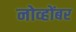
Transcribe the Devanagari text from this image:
नोव्होंबर